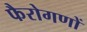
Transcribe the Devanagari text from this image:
फैरोगणों